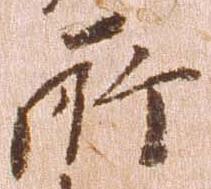
所